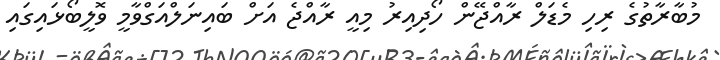
މުބާރާތުގެ ރިހި މެޑަލް ރާއްޖޭން ހޯދިއިރު މިއީ ރާއްޖެ އަށް ބައިނަލްއަގްވާމީ ވޮލީބޯޅައިގައި